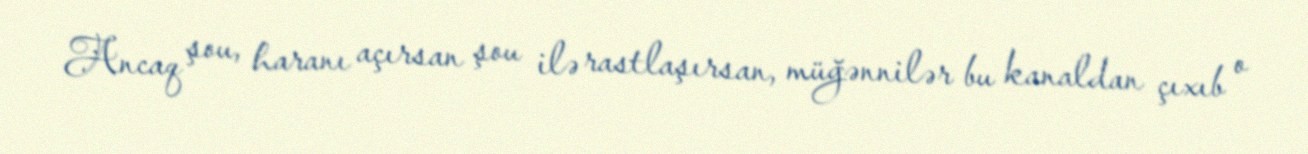
Ancaq şou, haranı açırsan şou ilə rastlaşırsan, müğənnilər bu kanaldan çıxıb o